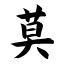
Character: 莫